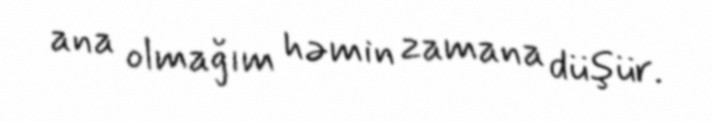
ana olmağım həmin zamana düşür.